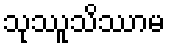
သုဿူသိဿာမ